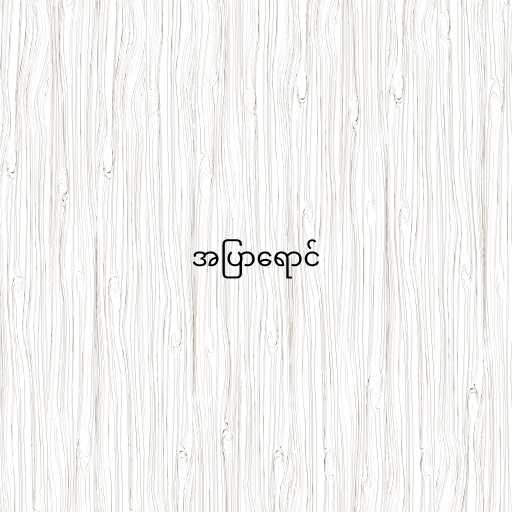
အပြာရောင်